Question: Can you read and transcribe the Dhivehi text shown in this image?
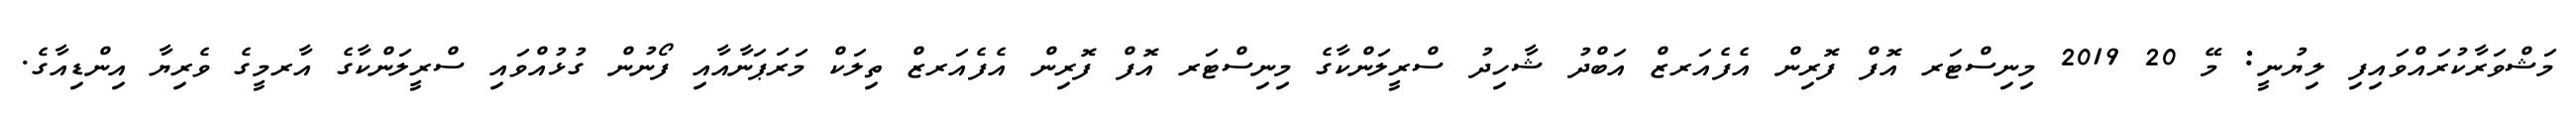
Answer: މަޝްވަރާކުރައްވައިފި ލިޔުނީ: މޭ 20 2019 މިނިސްޓަރ އޮފް ފޮރިން އެފެއަރޒް އަބްދު ޝާހިދު ސްރީލަންކާގެ މިނިސްޓަރ އޮފް ފޮރިން އެފެއަރޒް ތިލަކް މަރަޕަނާއާއި ފޯނުން ގުޅުއްވައި ސްރީލަންކާގެ އާރމީގެ ވެރިޔާ އިންޑިއާގެ.